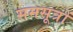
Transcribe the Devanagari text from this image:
समसूत्रों